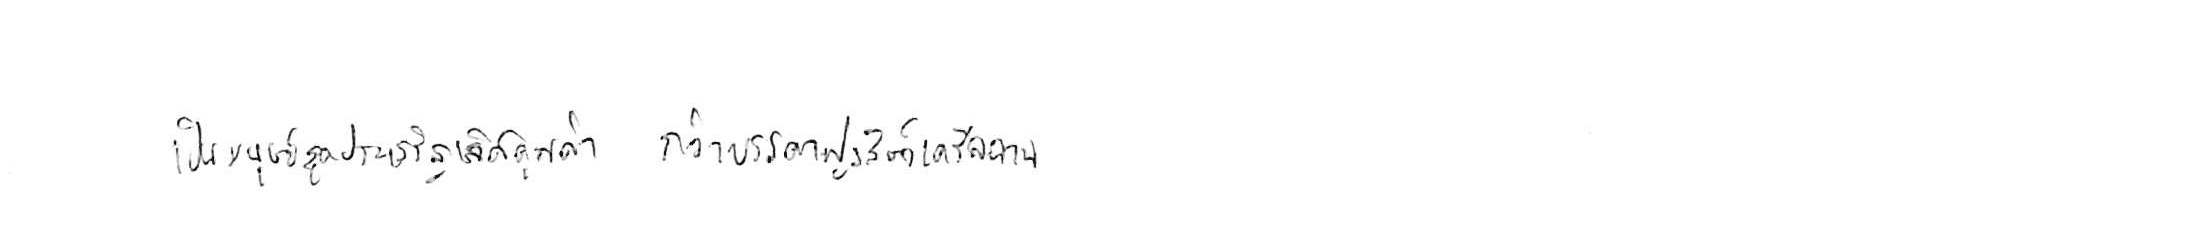
เป็นมนุษย์สุดประเสริฐเลิศคุณค่า กว่าบรรดาฝูงสัตว์เดรัจฉาน